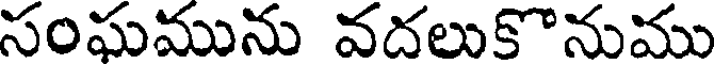
సంఘమును వదలుకొనుము